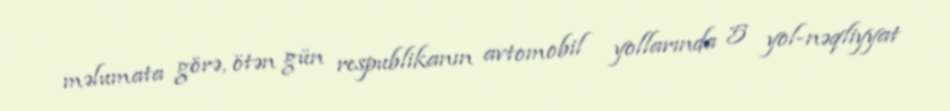
məlumata görə, ötən gün respublikanın avtomobil yollarında 5 yol-nəqliyyat